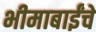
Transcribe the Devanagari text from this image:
भीमाबाईंचे